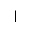
\vert